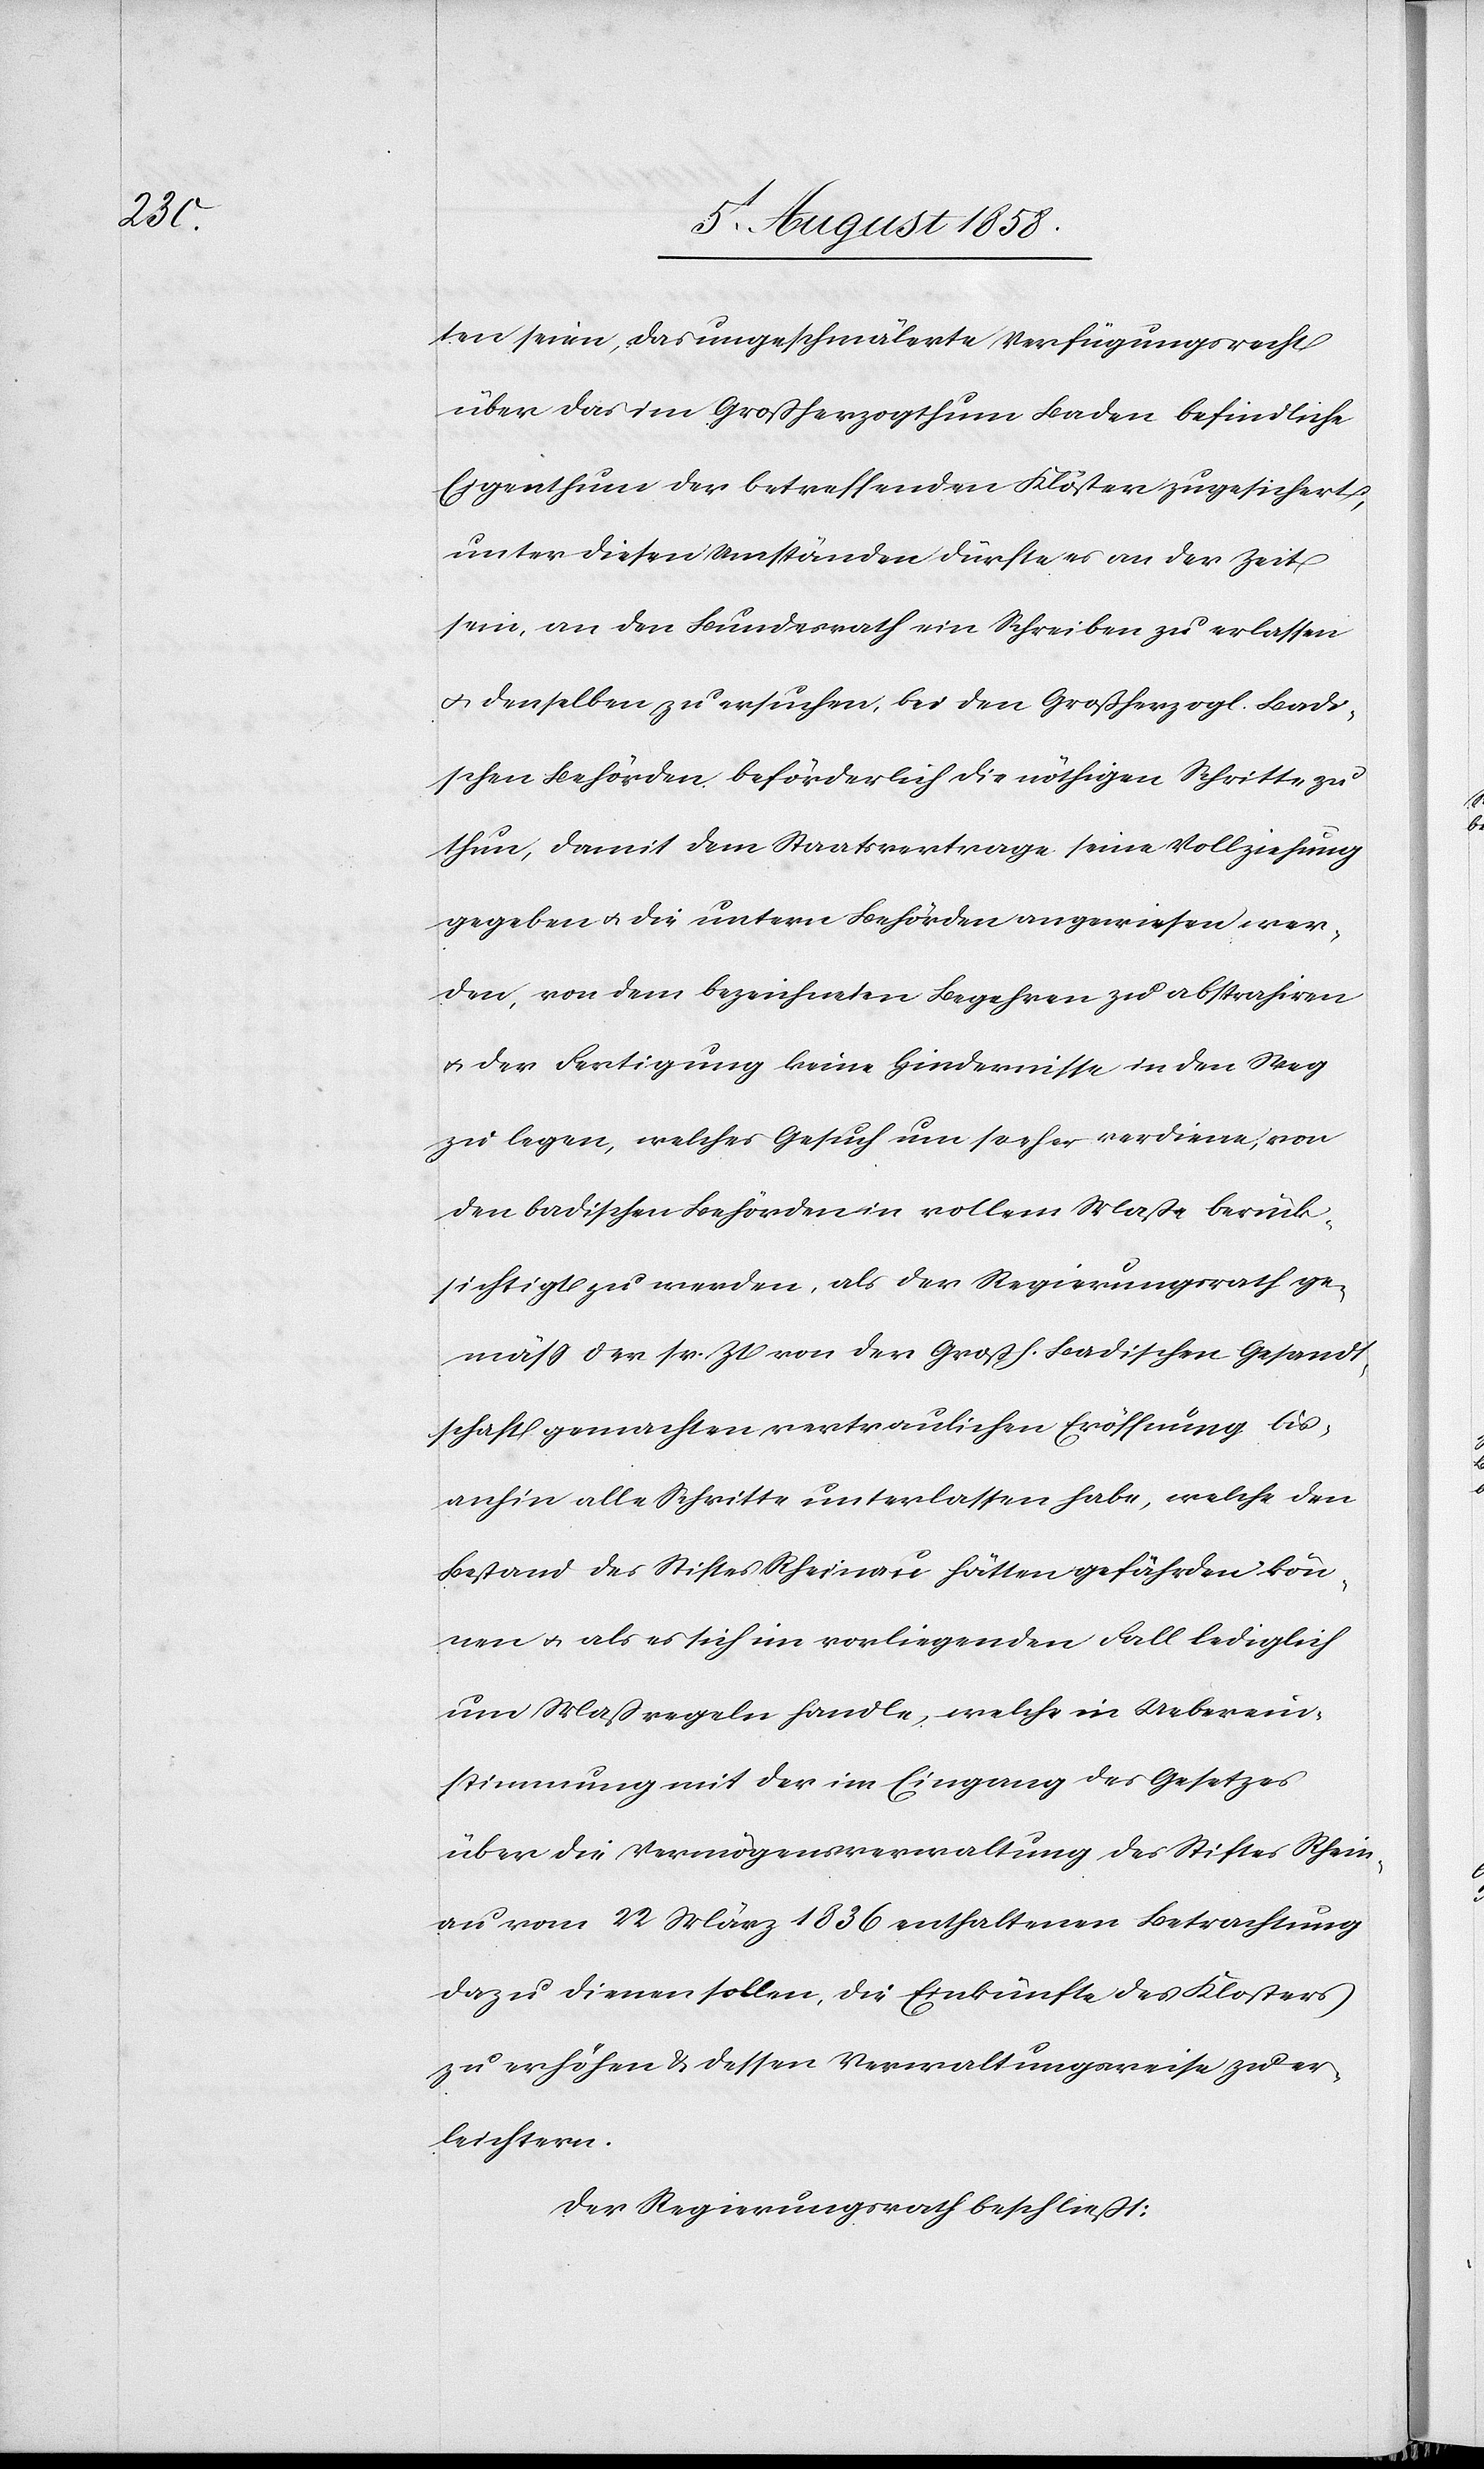
ten seien, das ungeschmälerte Verfügungsrecht
über das im Großherzogthum Baden befindliche
Eigenthum der betreffenden Klöster zugesichert;
unter diesen Umständen dürfte es an der Zeit
sein, an den Bundesrath ein Schreiben zu erlassen
& denselben zu ersuchen, bei den Großherzogl. Badi¬
schen Behörden beförderlich die nöthigen Schritte zu
thun, damit dem Staatsvertrage seine Vollziehung
gegeben & die untern Behörden angewiesen wer¬
den, von dem bezeichneten Begehren zu abstrahiren
& der Fertigung keine Hindernisse in den Weg
zu legen, welches Gesuch um so eher verdiene, von
den badischen Behörden in vollem Maße berück¬
sichtigt zu werden, als der Regierungsrath ge¬
mäss der sr. Zt. von der Großh. Badischen Gesandt¬
schaft gemachten vertraulichen Eröffnung bis¬
anhin alle Schritte unterlassen habe, welche den
Bestand des Stiftes Rheinau hätten gefährden kön¬
nen & als es sich im vorliegenden Fall lediglich
um Maßregeln handle, welche in Ueberein¬
stimmung mit der im Eingang des Gesetzes
über die Vermögensverwaltung des Stiftes Rhein¬
au vom 22 März 1836 enthaltenen Betrachtung
dazu dienen sollen, die Einkünfte des Klosters
zu erhöhen & dessen Verwaltungsweise zu er¬
leichtern.
Der Regierungsrath beschließt: